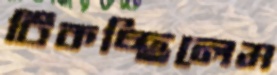
টিকচ্ছিলেম